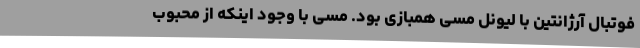
فوتبال آرژانتین با لیونل مسی همبازی بود. مسی با وجود اینکه از محبوب